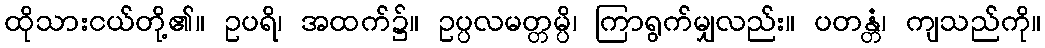
ထိုသားငယ်တို့၏။ ဥပရိ၊ အထက်၌။ ဥပ္ပလမတ္တမ္ပိ၊ ကြာရွက်မျှလည်း။ ပတန္တံ၊ ကျသည်ကို။